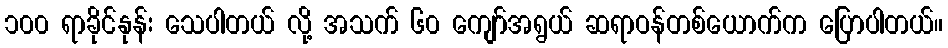
၁၀၀ ရာခိုင်နုန်း သေပါတယ် လို့ အသက် ၆၀ ကျော်အရွယ် ဆရာဝန်တစ်ယောက်က ပြောပါတယ်။